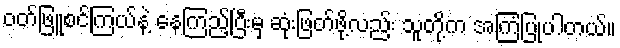
ဝတ်ဖြူစင်ကြယ်နဲ့ နေကြည့်ပြီးမှ ဆုံးဖြတ်ဖို့လည်း သူတို့က အကြံပြုပါတယ်။